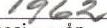
1962